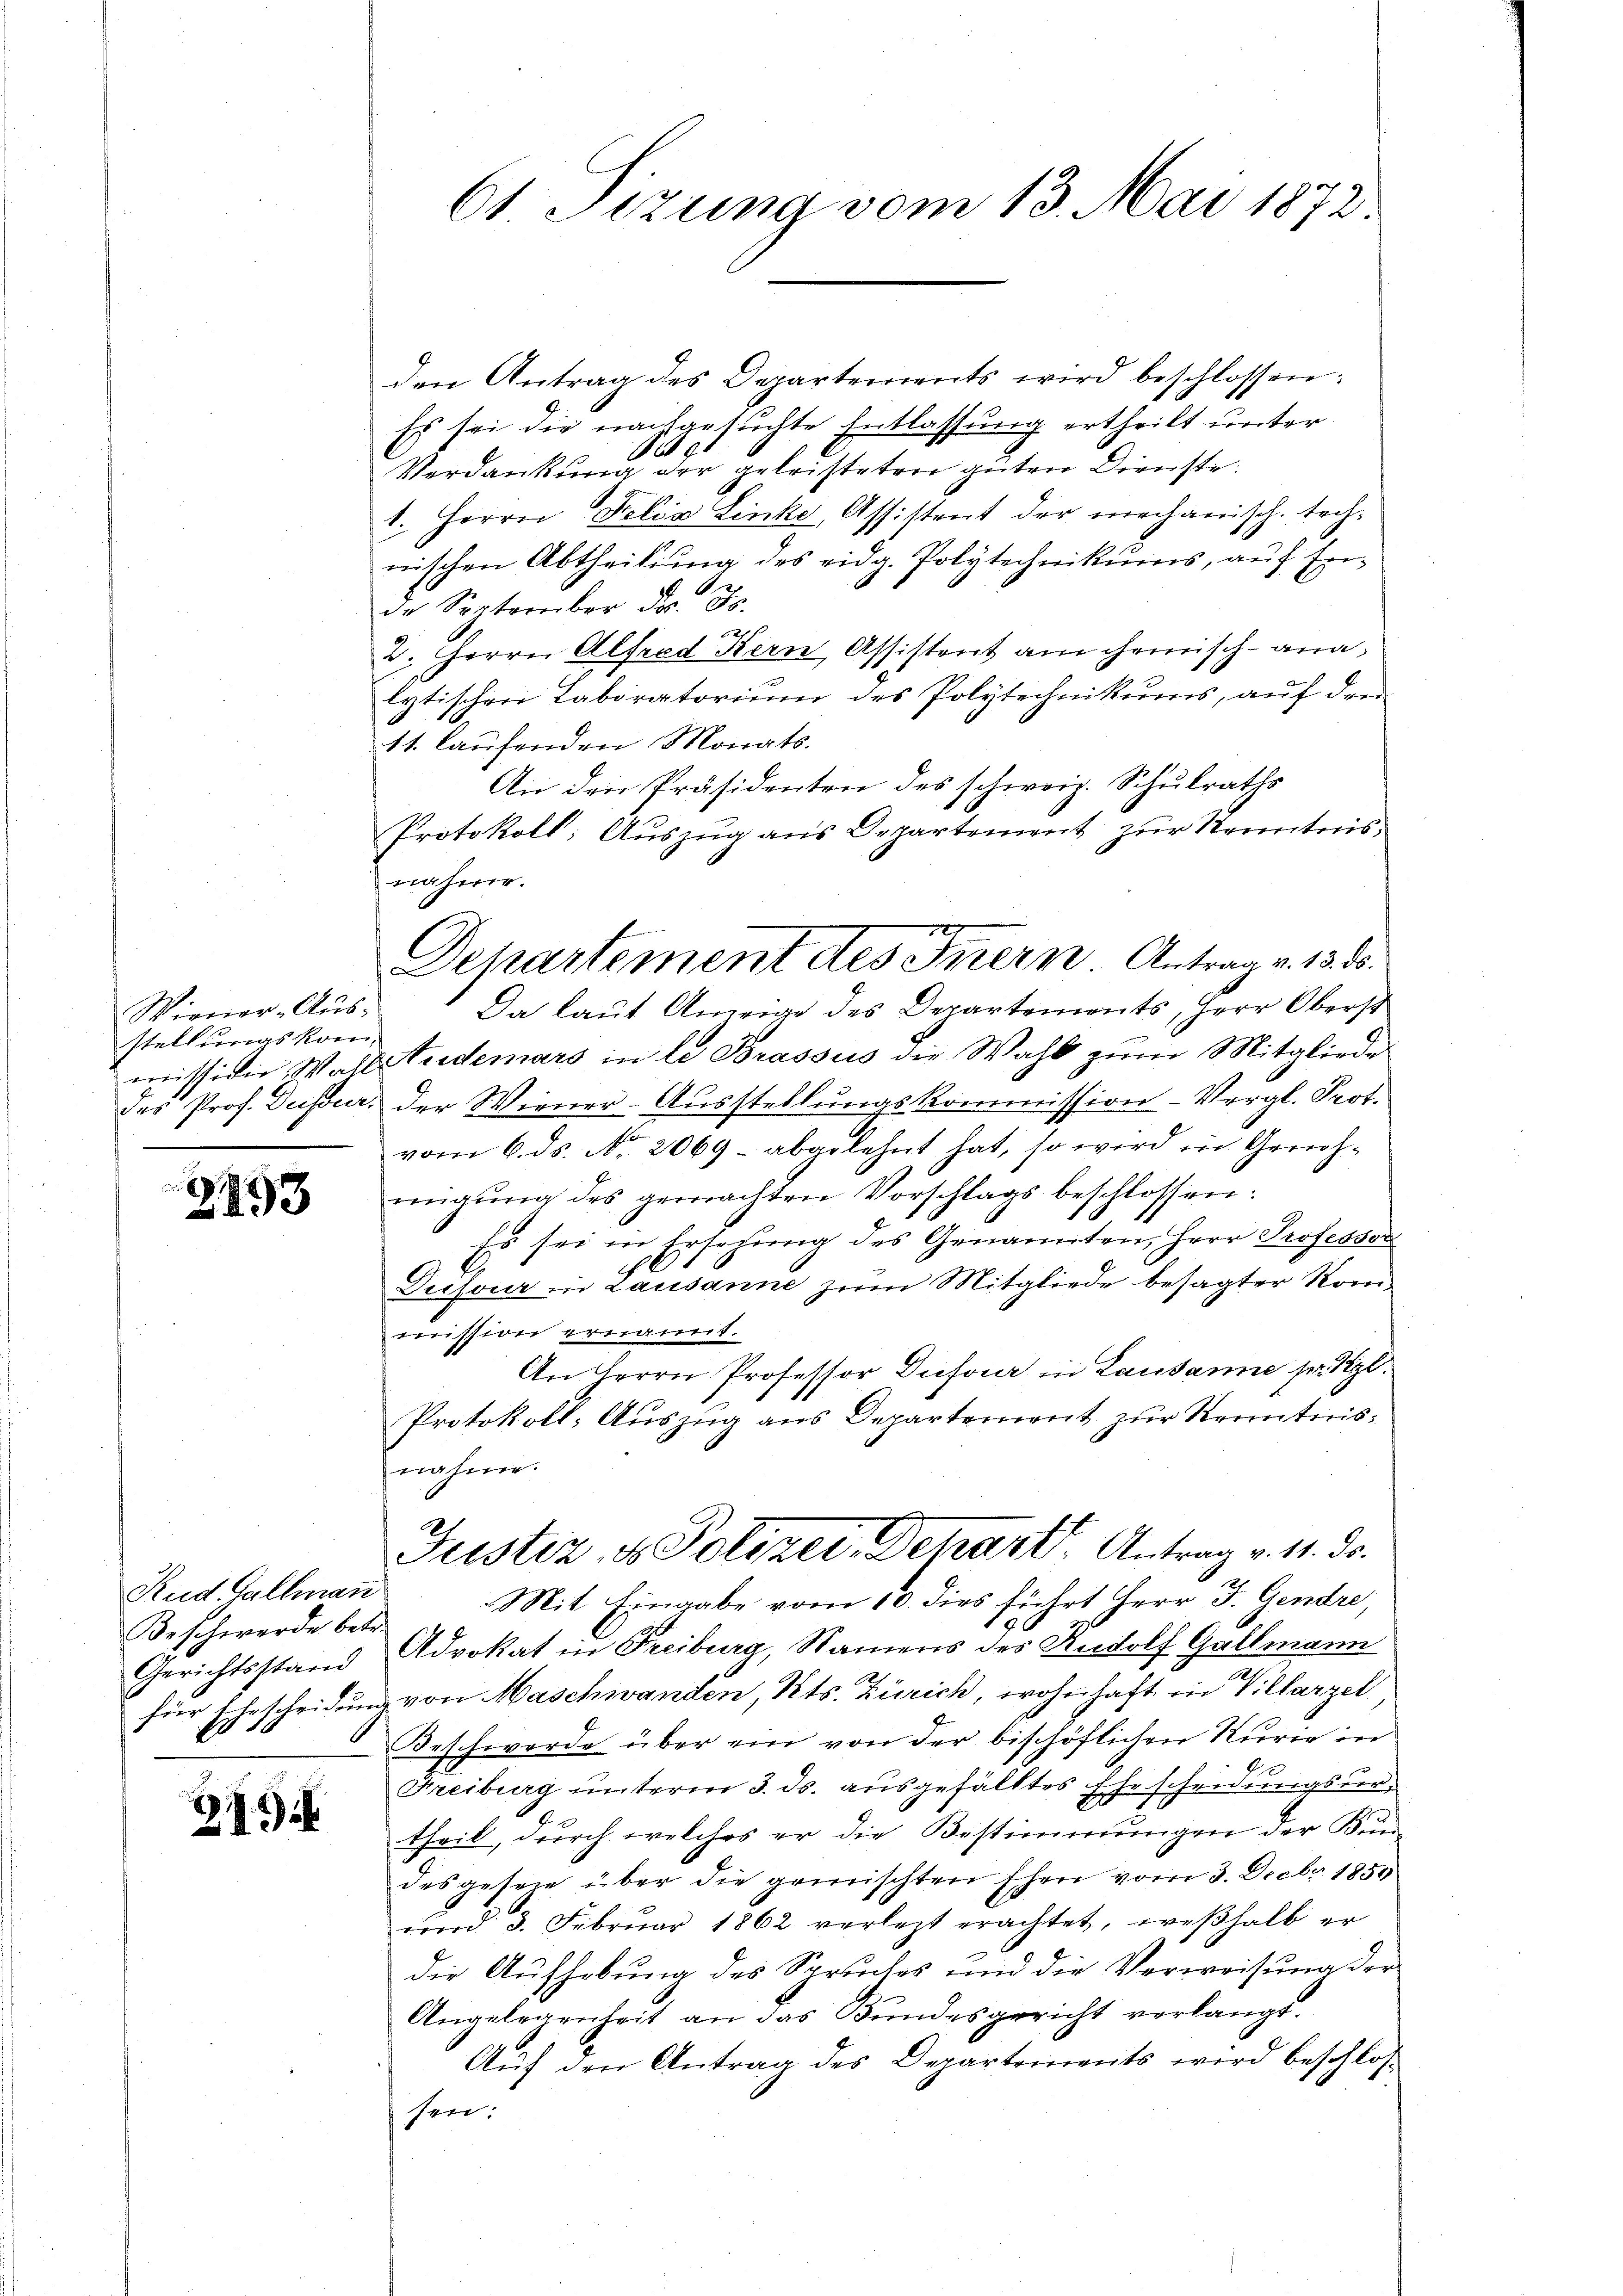
Wiener-Aus
stellungskom
mitti die Wahl
des Prof. Desser.

2893

Rud Gallmann
Beschwerde betr.
Gerichtsstand
Es

215

61 Sizung vom 13. Mai 1872

den Antrag des Departements wird beschlossen:
Es sei die nachgesuchte Entlassung ertheilt unter
9
Verdankung der geleisteten guten Dienste
1. Herrn Delia Linke, Assistent der mechanisch. technischen Abtheilung des eidg. Polytechnikums, auf En¬
A
de September d. Js.
22
2. Herrn Alfred Kern, Assistent am Chemisch-analytischen Laboratorium des Polytechnikums, auf den
11. laufenden Monats.
An den Präsidenten des schweiz. Schulraths
Protokoll: Aŭszŭg ans Departement zŭr Kenntnis
nahme.
Da laut Anzeige des Departements, Herr Oberst
f
Aidemars in le Brassus die Wahl zum Mitgliede
der Wiener-Ausstellungskommission- Vergl. Prot.
vom 6. ds. No. 2069 - abgelehnt hat, so wird in Genehmigŭng des gemachten Vorschlags beschlossen:
Es sei in Ersezung des Genannten, Herr Professor
ch
Deifour in Lausanne zum Mitgliede besagter Kommission ernannt.
An Herrn Professor Dufour in Lausanne pr. Kgl.
Protokoll: Auszug aus Departement zur Kenntnisnahme.
Justiz, u. Polizer, Dehart. Antrag v. 11. ds.
Mit Eingabe vom 10. dies führt Herr J. Gendre,
Advokat in Freiburg, Namens des Rudolf Gallmann
für Ehescheidung von Maschwanden, Kts. Zürich, wohnhaft in Villarzel
Beschwerde über ein von der bischöflichen Kurie in
.
Freiburg unterm 3. ds. ausgefälltes Ehescheidungsvertheil, durch welches er die Bestimmungen der Bun-
des gesene über die gemischten Ehen vom 3. Decbr 1850
und 3. Febrŭar 1862 verletzt erachtet, weßhalb er
die Aufhebung des Spruches und die Verweisung der
Angelegenheit an das Bundesgericht verlangt.
Auf den Antrag des Departements wird beschlossen:

1
Departement des Innern Antrag v. 13. ds.